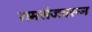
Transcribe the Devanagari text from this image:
रामसेजवरून